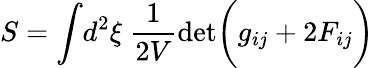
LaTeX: S=\int\! d^{2}\xi\ {\frac{1}{2V}}\mathrm{det}\biggl(g_{ij}+2F_{ij}\biggr)